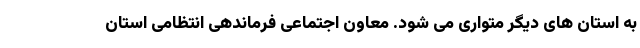
به استان های دیگر متواری می شود. معاون اجتماعی فرماندهی انتظامی استان